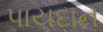
પાયદાન